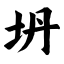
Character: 坍